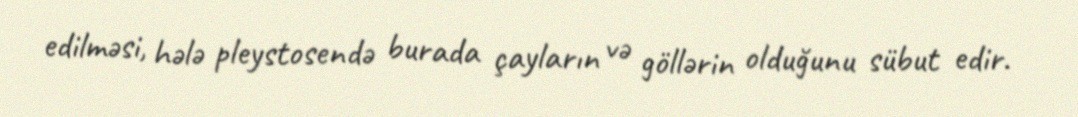
edilməsi, hələ pleystosendə burada çayların və göllərin olduğunu sübut edir.